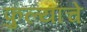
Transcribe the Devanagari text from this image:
फुल्यांचे